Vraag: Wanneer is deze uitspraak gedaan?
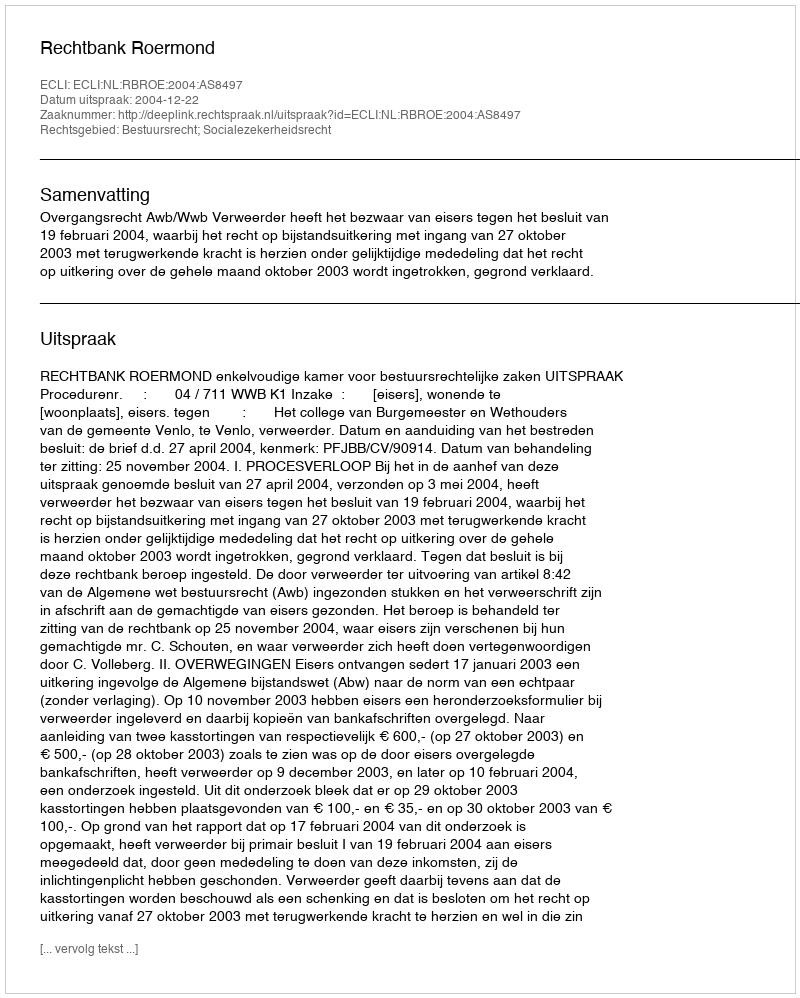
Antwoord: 2004-12-22